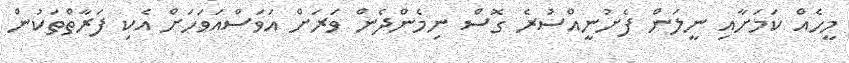
މީހެއް ކަމަށާއި ނީލަން ފެށުނީއްސުރެ ގޮސް ނިމެންދެން ވަރަށް އަވަސްއަވަހަށް އެކި ފަރާތްތަކުން